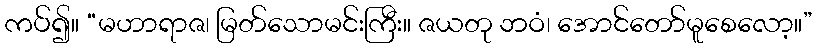
ကပ်၍။ “မဟာရာဇ၊ မြတ်သောမင်းကြီး။ ဇယတု ဘဝံ၊ အောင်တော်မူစေလော့။”